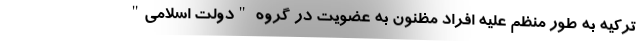
ترکیه به طور منظم علیه افراد مظنون به عضویت در گروه "دولت اسلامی"